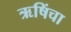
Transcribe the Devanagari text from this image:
ऋषिंचा